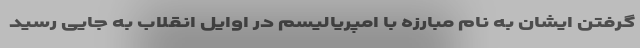
گرفتن ایشان به نام مبارزه با امپریالیسم در اوایل انقلاب به جایی رسید